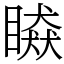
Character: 䁭